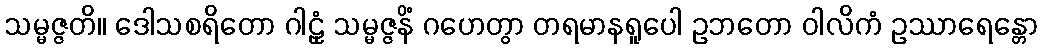
သမ္မဇ္ဇတိ။ ဒေါသစရိတော ဂါဠှံ သမ္မဇ္ဇနိံ ဂဟေတွာ တရမာနရူပေါ ဥဘတော ဝါလိကံ ဥဿာရေန္တော